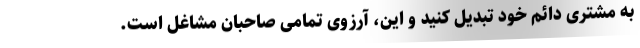
به مشتری دائم خود تبدیل کنید و این، آرزوی تمامی صاحبان مشاغل است.